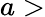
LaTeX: a>